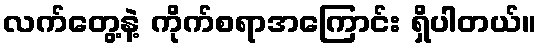
လက်တွေ့နဲ့ ကိုက်စရာအကြောင်း ရှိပါတယ်။